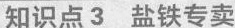
知识点3 盐铁专卖